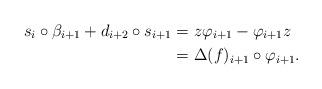
LaTeX: \begin{align*}s_i \circ \beta_{i+1} + d_{i+2} \circ s_{i+1} &= z\varphi_{i+1} - \varphi_{i+1} z\\ &= \Delta(f)_{i+1} \circ \varphi_{i+1}.\end{align*}